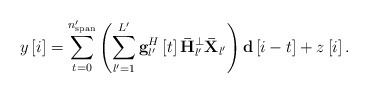
\begin{align*} y\left[ i \right] = \sum\limits_{t = 0}^{{n'_{{\rm{span}}}}} {\left( {\sum\limits_{l' = 1}^{L'} {{\bf{g}}_{l'}^H\left[ t \right]{{\bf{\bar H}}_{l'}^ \bot {\bf{\bar X}}_{l'} }} } \right){{\bf{d}}\left[ {i - t } \right]}}+ z\left[ {i} \right]. \end{align*}